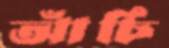
আঁচি